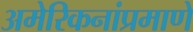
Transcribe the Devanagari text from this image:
अमेरिकनांप्रमाणे